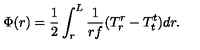
\Phi ( r ) = { \frac { 1 } { 2 } } \int _ { r } ^ { L } { \frac { 1 } { r f } } ( T _ { r } ^ { r } - T _ { t } ^ { t } ) d r .